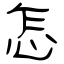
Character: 怎